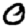
Digit: 0